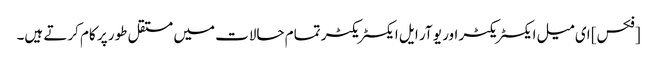
[فکس] ای میل ایکسٹریکٹر اور یو آر ایل ایکسٹریکٹر تمام حالات میں مستقل طور پر کام کرتے ہیں۔